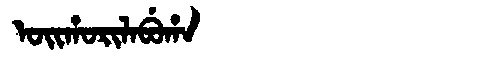
Manchu: ᠣᡳᡥᠣᡵᡳᠯᠠᠪᡠᡥᠠ
Romanization: OIHORILABUHA